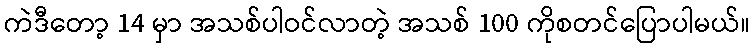
ကဲဒီတော့ 14 မှာ အသစ်ပါဝင်လာတဲ့ အသစ် 100 ကိုစတင်ပြောပါမယ်။